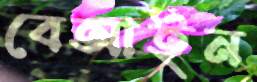
বেআইন